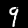
Label: 9